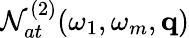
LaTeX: {\cal N}_{at}^{(2)}(\omega_{1},\omega_{m},\mathbf{q})